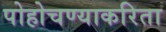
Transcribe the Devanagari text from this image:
पोहोचण्याकरिता